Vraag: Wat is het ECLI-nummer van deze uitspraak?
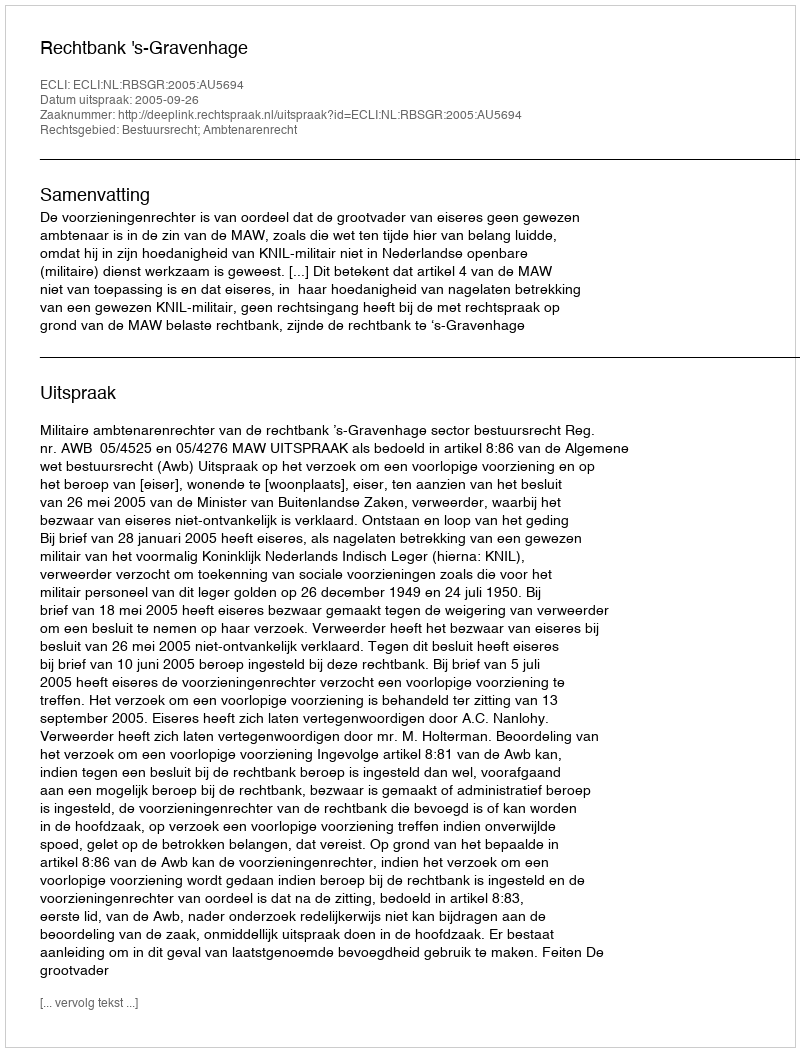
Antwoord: ECLI:NL:RBSGR:2005:AU5694